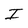
Character: I